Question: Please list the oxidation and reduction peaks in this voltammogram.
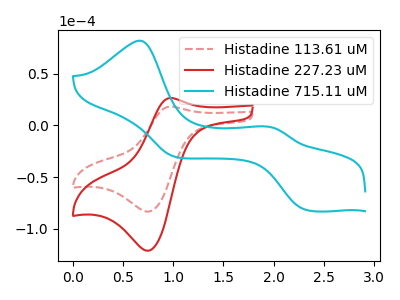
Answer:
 <answer>The red dashed curve "Histadine 113.61 uM" has an anodic peak at (0.95V, 18.25uA) and a cathodic peak at (0.75V, -83.50uA). The red curve "Histadine 227.23 uM" has an anodic peak at (0.95V, 26.55uA) and a cathodic peak at (0.75V, -121.45uA). The cyan curve "Histadine 715.11 uM" has anodic peaks at (0.65V, 82.10uA) (1.95V, -1.00uA) and cathodic peaks at (2.30V, -81.60uA) (1.00V, -30.40uA).</answer>
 <eval></eval>